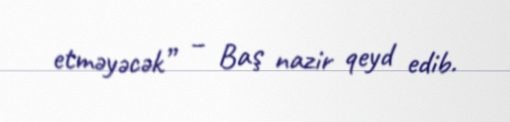
etməyəcək” – Baş nazir qeyd edib.